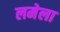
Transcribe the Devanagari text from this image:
लमेला